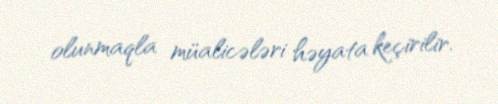
olunmaqla müalicələri həyata keçirilir.